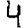
Digit: 4